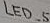
Text: LED_5